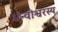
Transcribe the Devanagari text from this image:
धन्वीश्वरस्य